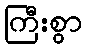
ကြီးစွာ